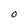
Character: O